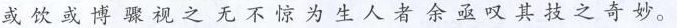
或饮或博骤视之无不惊为生人者余亟叹其技之奇妙。